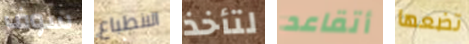
سوف الانطباع لتأخذ أتقاعد تضعها